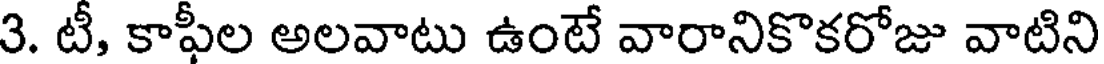
3. టీ, కాఫీల అలవాటు ఉంటే వారానికొకరోజు వాటిని